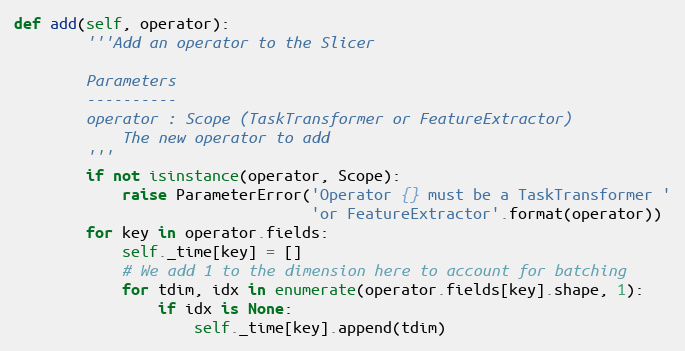
Language: Python
def add(self, operator):
        '''Add an operator to the Slicer

        Parameters
        ----------
        operator : Scope (TaskTransformer or FeatureExtractor)
            The new operator to add
        '''
        if not isinstance(operator, Scope):
            raise ParameterError('Operator {} must be a TaskTransformer '
                                 'or FeatureExtractor'.format(operator))
        for key in operator.fields:
            self._time[key] = []
            # We add 1 to the dimension here to account for batching
            for tdim, idx in enumerate(operator.fields[key].shape, 1):
                if idx is None:
                    self._time[key].append(tdim)